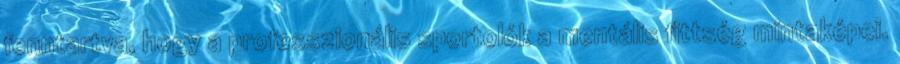
fenntartva, hogy a professzionális sportolók a mentális fittség mintaképei.